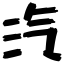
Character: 汽